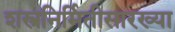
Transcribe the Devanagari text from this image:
शस्त्रनिर्मितीसारख्या